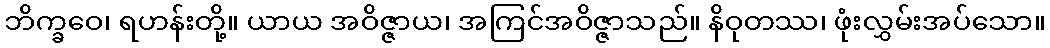
ဘိက္ခဝေ၊ ရဟန်းတို့။ ယာယ အဝိဇ္ဇာယ၊ အကြင်အဝိဇ္ဇာသည်။ နိဝုတဿ၊ ဖုံးလွှမ်းအပ်သော။